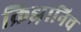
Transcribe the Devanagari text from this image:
क्रिझ़ानिच